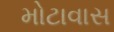
મોટાવાસ